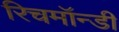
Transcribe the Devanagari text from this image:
रिचमॉन्डी